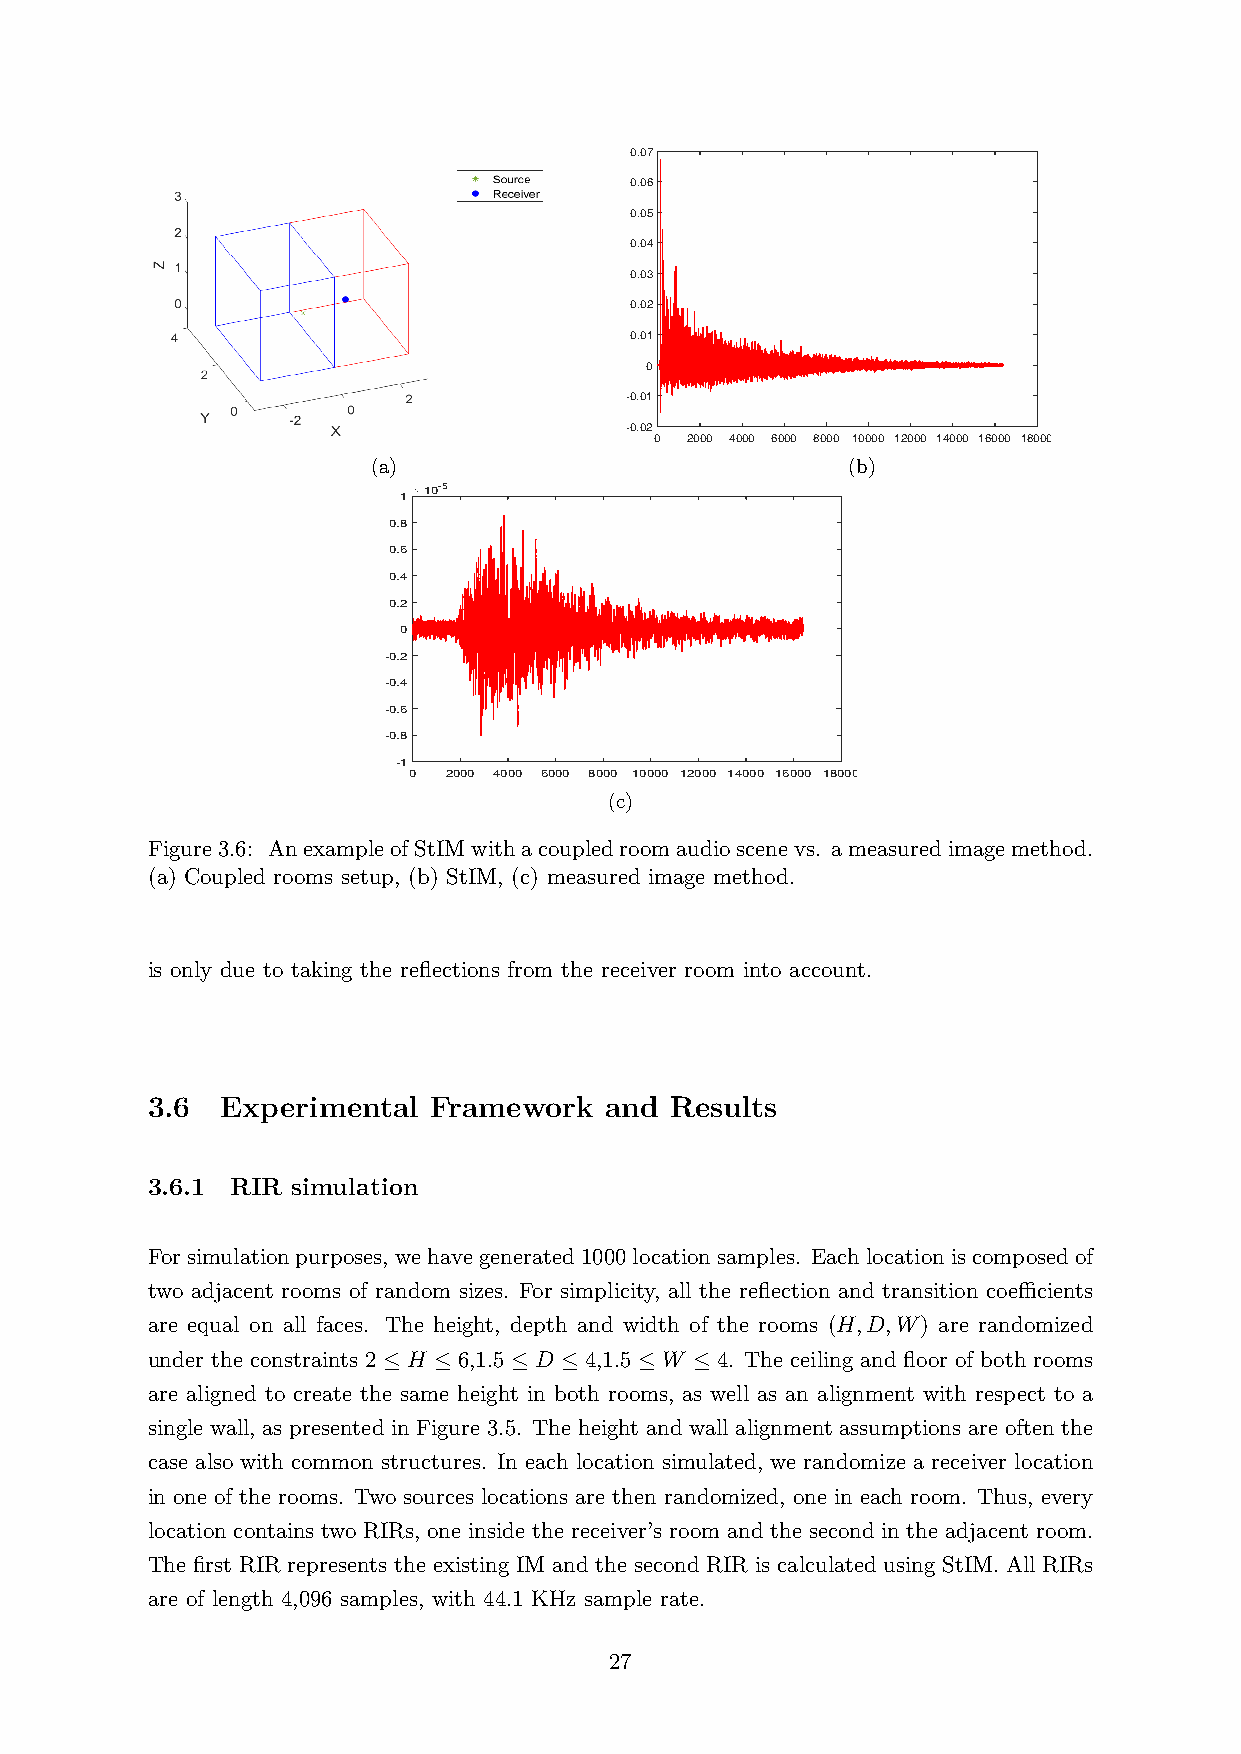
0.07
 0.06
 0.05
 0.04
 0.03
 0.02
 0.01
 0
 -0.01
 -0.02
 0 2000 4000 6000 8000 10000 12000 14000 16000 18000
 (a)                            (b)
 10-5
 1
 0.8
 0.6
 0.4
 0.2
 0
 -0.2
 -0.4
 -0.6
 -0.8
 -1
 0 2000 4000 6000 8000 10000 12000 14000 16000 18000
 (c)
 Figure3.6: AnexampleofStIMwithacoupledroomaudioscenevs. ameasuredimagemethod.
 (a) Coupled rooms setup, (b) StIM, (c) measured image method.
 is only due to taking the reflections from the receiver room into account.
 3.6  Experimental Framework   and Results
 3.6.1 RIR simulation
 Forsimulationpurposes, wehavegenerated1000locationsamples. Eachlocationiscomposedof
 two adjacent rooms of random sizes. For simplicity, all the reflection and transition coeﬀicients
 are equal on all faces. The height, depth and width of the rooms (H,D,W) are randomized
 under the constraints 2 ≤ H ≤ 6,1.5 ≤ D ≤ 4,1.5 ≤ W ≤ 4. The ceiling and floor of both rooms
 are aligned to create the same height in both rooms, as well as an alignment with respect to a
 single wall, as presented in Figure 3.5. The height and wall alignment assumptions are often the
 case also with common structures. In each location simulated, we randomize a receiver location
 in one of the rooms. Two sources locations are then randomized, one in each room. Thus, every
 location contains two RIRs, one inside the receiver’s room and the second in the adjacent room.
 The first RIR represents the existing IM and the second RIR is calculated using StIM. All RIRs
 are of length 4,096 samples, with 44.1 KHz sample rate.
 27